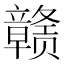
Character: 赣